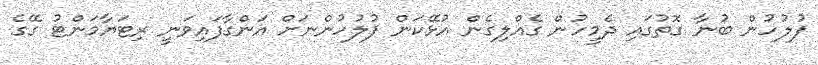
ފުލުހުން ބުނާ ގޮތުގައި ދެމީހުން ގެއްލިގެން އުޅޭކަން ފުލުހުންނަށް އަންގާފައިވަނީ ރިޓަޔާމަންޓު ގޭގެ